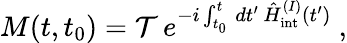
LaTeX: M(t,t_{0})=\mathcal{T}\, e^{-i\int_{t_{0}}^{t}\, dt^{\prime}\, \hat{{H}}_{\mathrm{{int}}}^{(I)}(t^{\prime})}\ ,